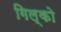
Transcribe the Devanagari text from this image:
गिल्को